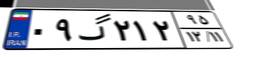
۰۹گ۲۱۲۹۵